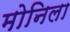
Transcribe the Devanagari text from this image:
मोनिला